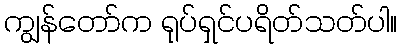
ကျွန်တော်က ရုပ်ရှင်ပရိတ်သတ်ပါ။